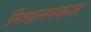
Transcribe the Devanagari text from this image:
निष्क्रमणकाल